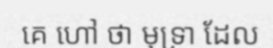
គេ ហៅ ថា មុទ្រា ដែល